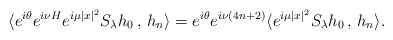
\begin{align*}\langle e^{i\theta} e^{i \nu H} e^{i \mu |x|^2} S_\lambda h_0 \,,\, h_n \rangle = e^{i\theta} e^{i\nu(4n+2)} \langle e^{i \mu |x|^2} S_\lambda h_0 \,,\, h_n \rangle.\end{align*}